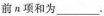
前n项和为___.